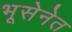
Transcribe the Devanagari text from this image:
भूसेनेत